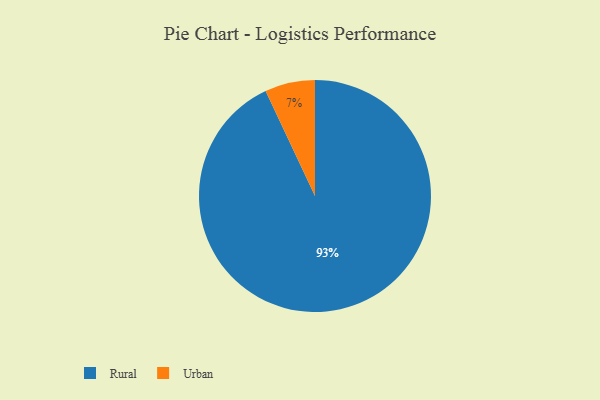
{"axis": {"x": "Category", "y": "Percentage"}, "legend": ["Rural", "Urban"], "data": [{"x": "Rural", "y": 93, "type": "Rural"}, {"x": "Urban", "y": 7, "type": "Urban"}]}